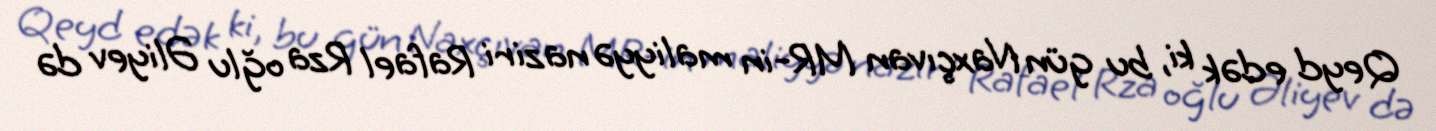
Qeyd edək ki, bu gün Naxçıvan MR-in maliyyə naziri Rafael Rza oğlu Əliyev də